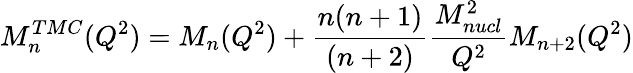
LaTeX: M_{n}^{TMC}(Q^{2})=M_{n}(Q^{2})+\frac{n(n+1)}{(n+2)}\frac{M_{nucl}^{2}}{Q^{2}}M_{n+2}(Q^{2})